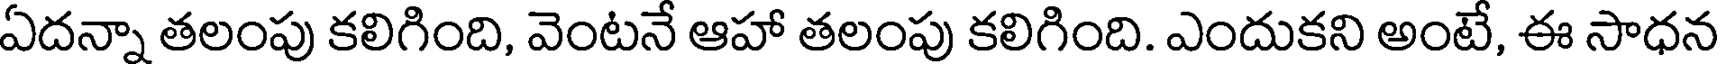
ఏదన్నా తలంపు కలిగింది, వెంటనే ఆహా తలంపు కలిగింది. ఎందుకని అంటే, ఈ సాధన